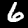
Digit: 6